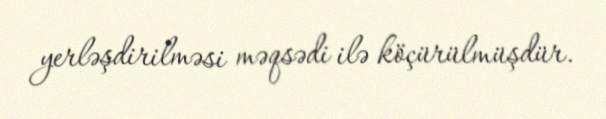
yerləşdirilməsi məqsədi ilə köçürülmüşdür.